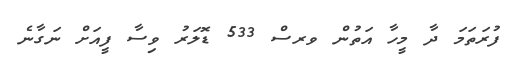
ފުރަތަމަ ދާ މީހާ އަތުން ވރސް 533 ޑޮލަރު ވިސާ ފީއަށް ނަގާނެ